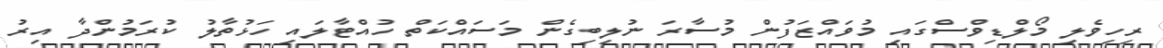
ރިހިވެލި މޯލްޑިވްސްގައި މުވައްޒަފުން މުސާރަ ނުލިބިގެން މަސައްކަތް ހުއްޓާލައި ހަޅުތާލު ކުރަމުންދާ އިރު